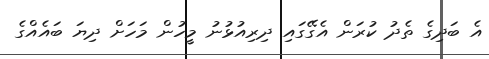
އެ ބަދިގެ ތެދު ކުރަން އެގޭގައި ދިރިއުޅުނު މީހުން މަހަށް ދިޔަ ބައެއްގެ